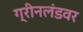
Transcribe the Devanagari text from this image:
ग्रीनलंडवर